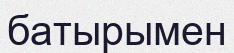
батырымен